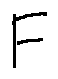
F